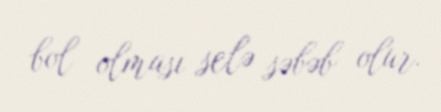
bol olması selə səbəb olur.